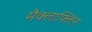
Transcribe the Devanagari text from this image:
मैक्लाफ्लिन